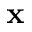
\textbf { x }